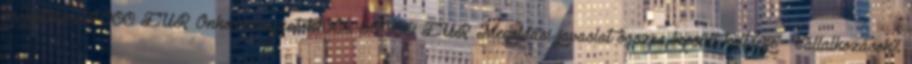
projektméret4000 EUR▪Önkormányzatok100% 50000 EUR▪Megoldási javaslat összes becsült költsége ▪Vállalkozások%